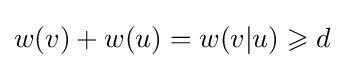
w(v)+w(u)=w(v|u)\geqslant d